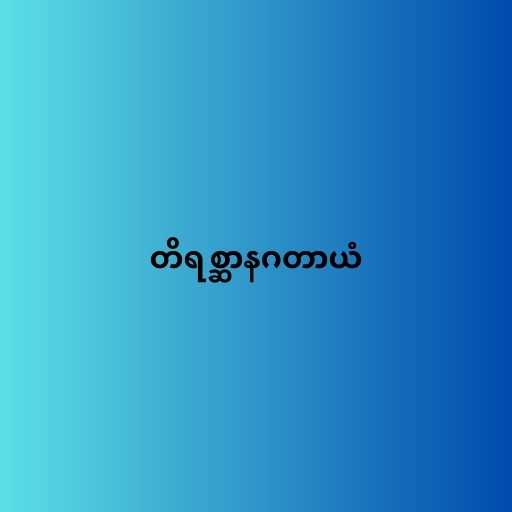
တိရစ္ဆာနဂတာယံ